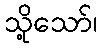
သို့သော်၊